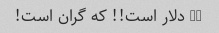
42 دلار است!! که گران است!